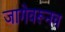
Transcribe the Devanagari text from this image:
जागेवरूनच